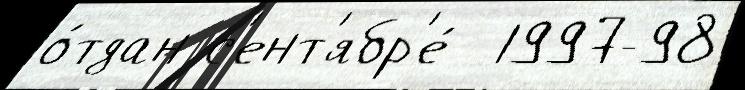
о́тдан с'ент'ябр'е́  1997-98